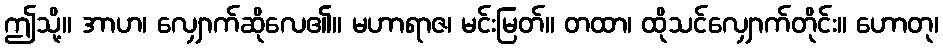
ဤသို့။ အာဟ၊ လျှောက်ဆိုလေ၏။ မဟာရာဇ၊ မင်းမြတ်။ တထာ၊ ထိုသင်လျှောက်တိုင်း။ ဟောတု၊